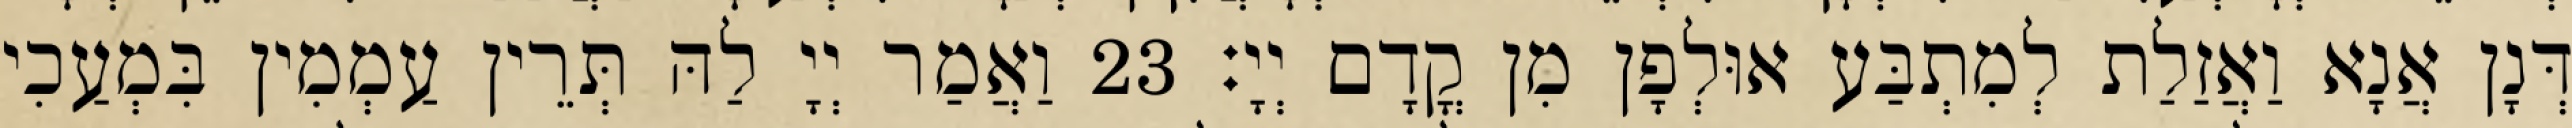
דְּנָן אֲנָא וַאֲזַלַת לְמִתְבַּע אוּלְפָן מִן קֳדָם יְיָ׃ 23 וַאֲמַר יְיָ לַהּ תְּרֵין עַמְמִין בִּמְעַכִי